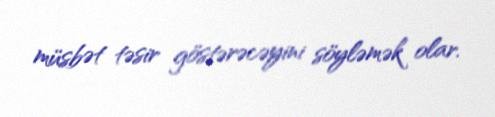
müsbət təsir göstərəcəyini söyləmək olar.